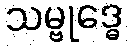
သမ္ဗုဒ္ဓေ